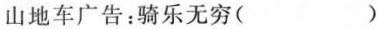
山地车广告：骑乐无穷()